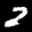
Label: 2